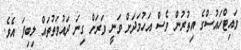
ވައިޓްހައުސްގެ އިތުރުން ވެސް އަހުމަދަށް ވަނީ ވަރަށް ގިނަ ދައުވަތުތައް ލިބިފަ އެވެ.